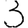
Digit: 3